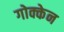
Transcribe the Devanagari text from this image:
गोक्केन